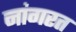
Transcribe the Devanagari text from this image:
नांगरत